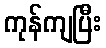
ကုန်ကျပြီး